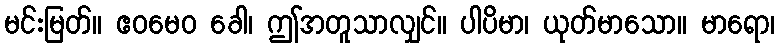
မင်းမြတ်။ ဧဝမေဝ ခေါ၊ ဤအတူသာလျှင်။ ပါပိမာ၊ ယုတ်မာသော။ မာရော၊